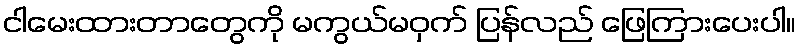
ငါမေးထားတာတွေကို မကွယ်မဝှက် ပြန်လည် ဖြေကြားပေးပါ။